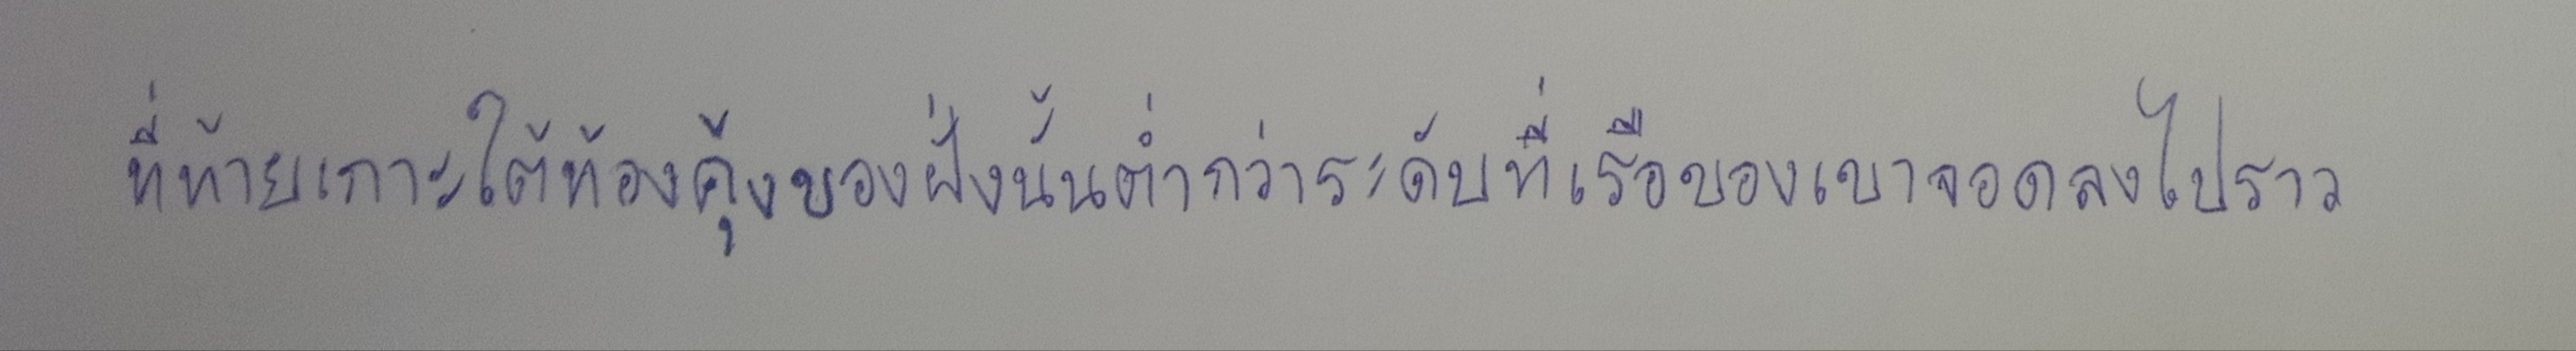
ที่ท้ายเกาะใต้ท้องคุ้งของฝั่งนั้นต่ำกว่าระดับที่เรือของเขาจอดลงไปราว